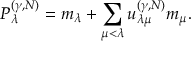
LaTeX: P _ { \lambda } ^ { ( \gamma , N ) } = m _ { \lambda } + \sum _ { \mu < \lambda } u _ { \lambda \mu } ^ { ( \gamma , N ) } m _ { \mu } .